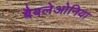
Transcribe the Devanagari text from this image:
बैबलेओनिया